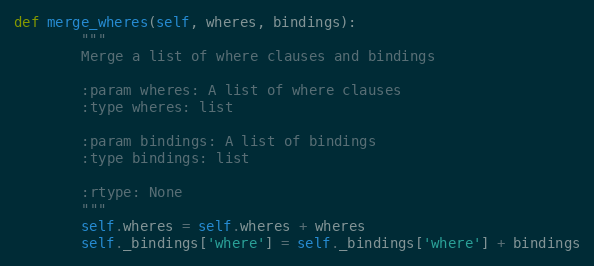
Language: Python
def merge_wheres(self, wheres, bindings):
        """
        Merge a list of where clauses and bindings

        :param wheres: A list of where clauses
        :type wheres: list

        :param bindings: A list of bindings
        :type bindings: list

        :rtype: None
        """
        self.wheres = self.wheres + wheres
        self._bindings['where'] = self._bindings['where'] + bindings